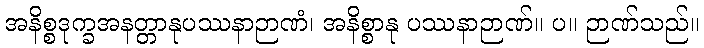
အနိစ္စဒုက္ခအနတ္တာနုပဿနာဉာဏံ၊ အနိစ္စာနု ပဿနာဉာဏ်။ ပ။ ဉာဏ်သည်။